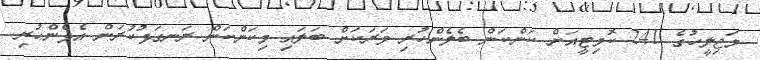
މަޖިލީހުގެ 241 ކޮމިޓީއަށް ކަންކަން ބެލެންހުރި ވަރަކަށް ބަލައި މިކަންކަން ރަނގަޅުކުރަން އެޅެންހުރި